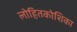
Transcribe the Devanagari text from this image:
लोहितकोशिका